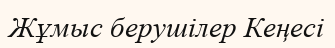
Жұмыс берушілер Кеңесі